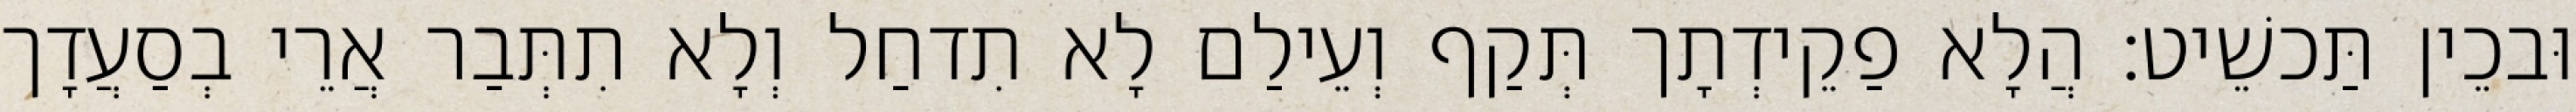
וּבכֵין תַּכשֵׁיט׃ הֲלָא פַקֵידְתָך תְּקַף וְעֵילַם לָא תִדחַל וְלָא תִתְּבַר אֲרֵי בְסַעֲדָך